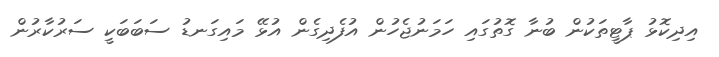
އިދިކޮޅު ޕާޓީތަކުން ބުނާ ގޮތުގައި ހަމަނުޖެހުން އުފެދިގެން އުޅޭ މައިގަނޑު ސަބަބަކީ ސަރުކާރުން